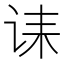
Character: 诔